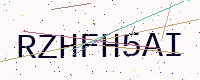
Text: RZHFH5AI